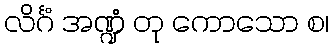
လိင်္ဂံ အဏ္ဍံ တု ကောသော စ၊